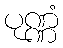
ပုဏ္ဏံ